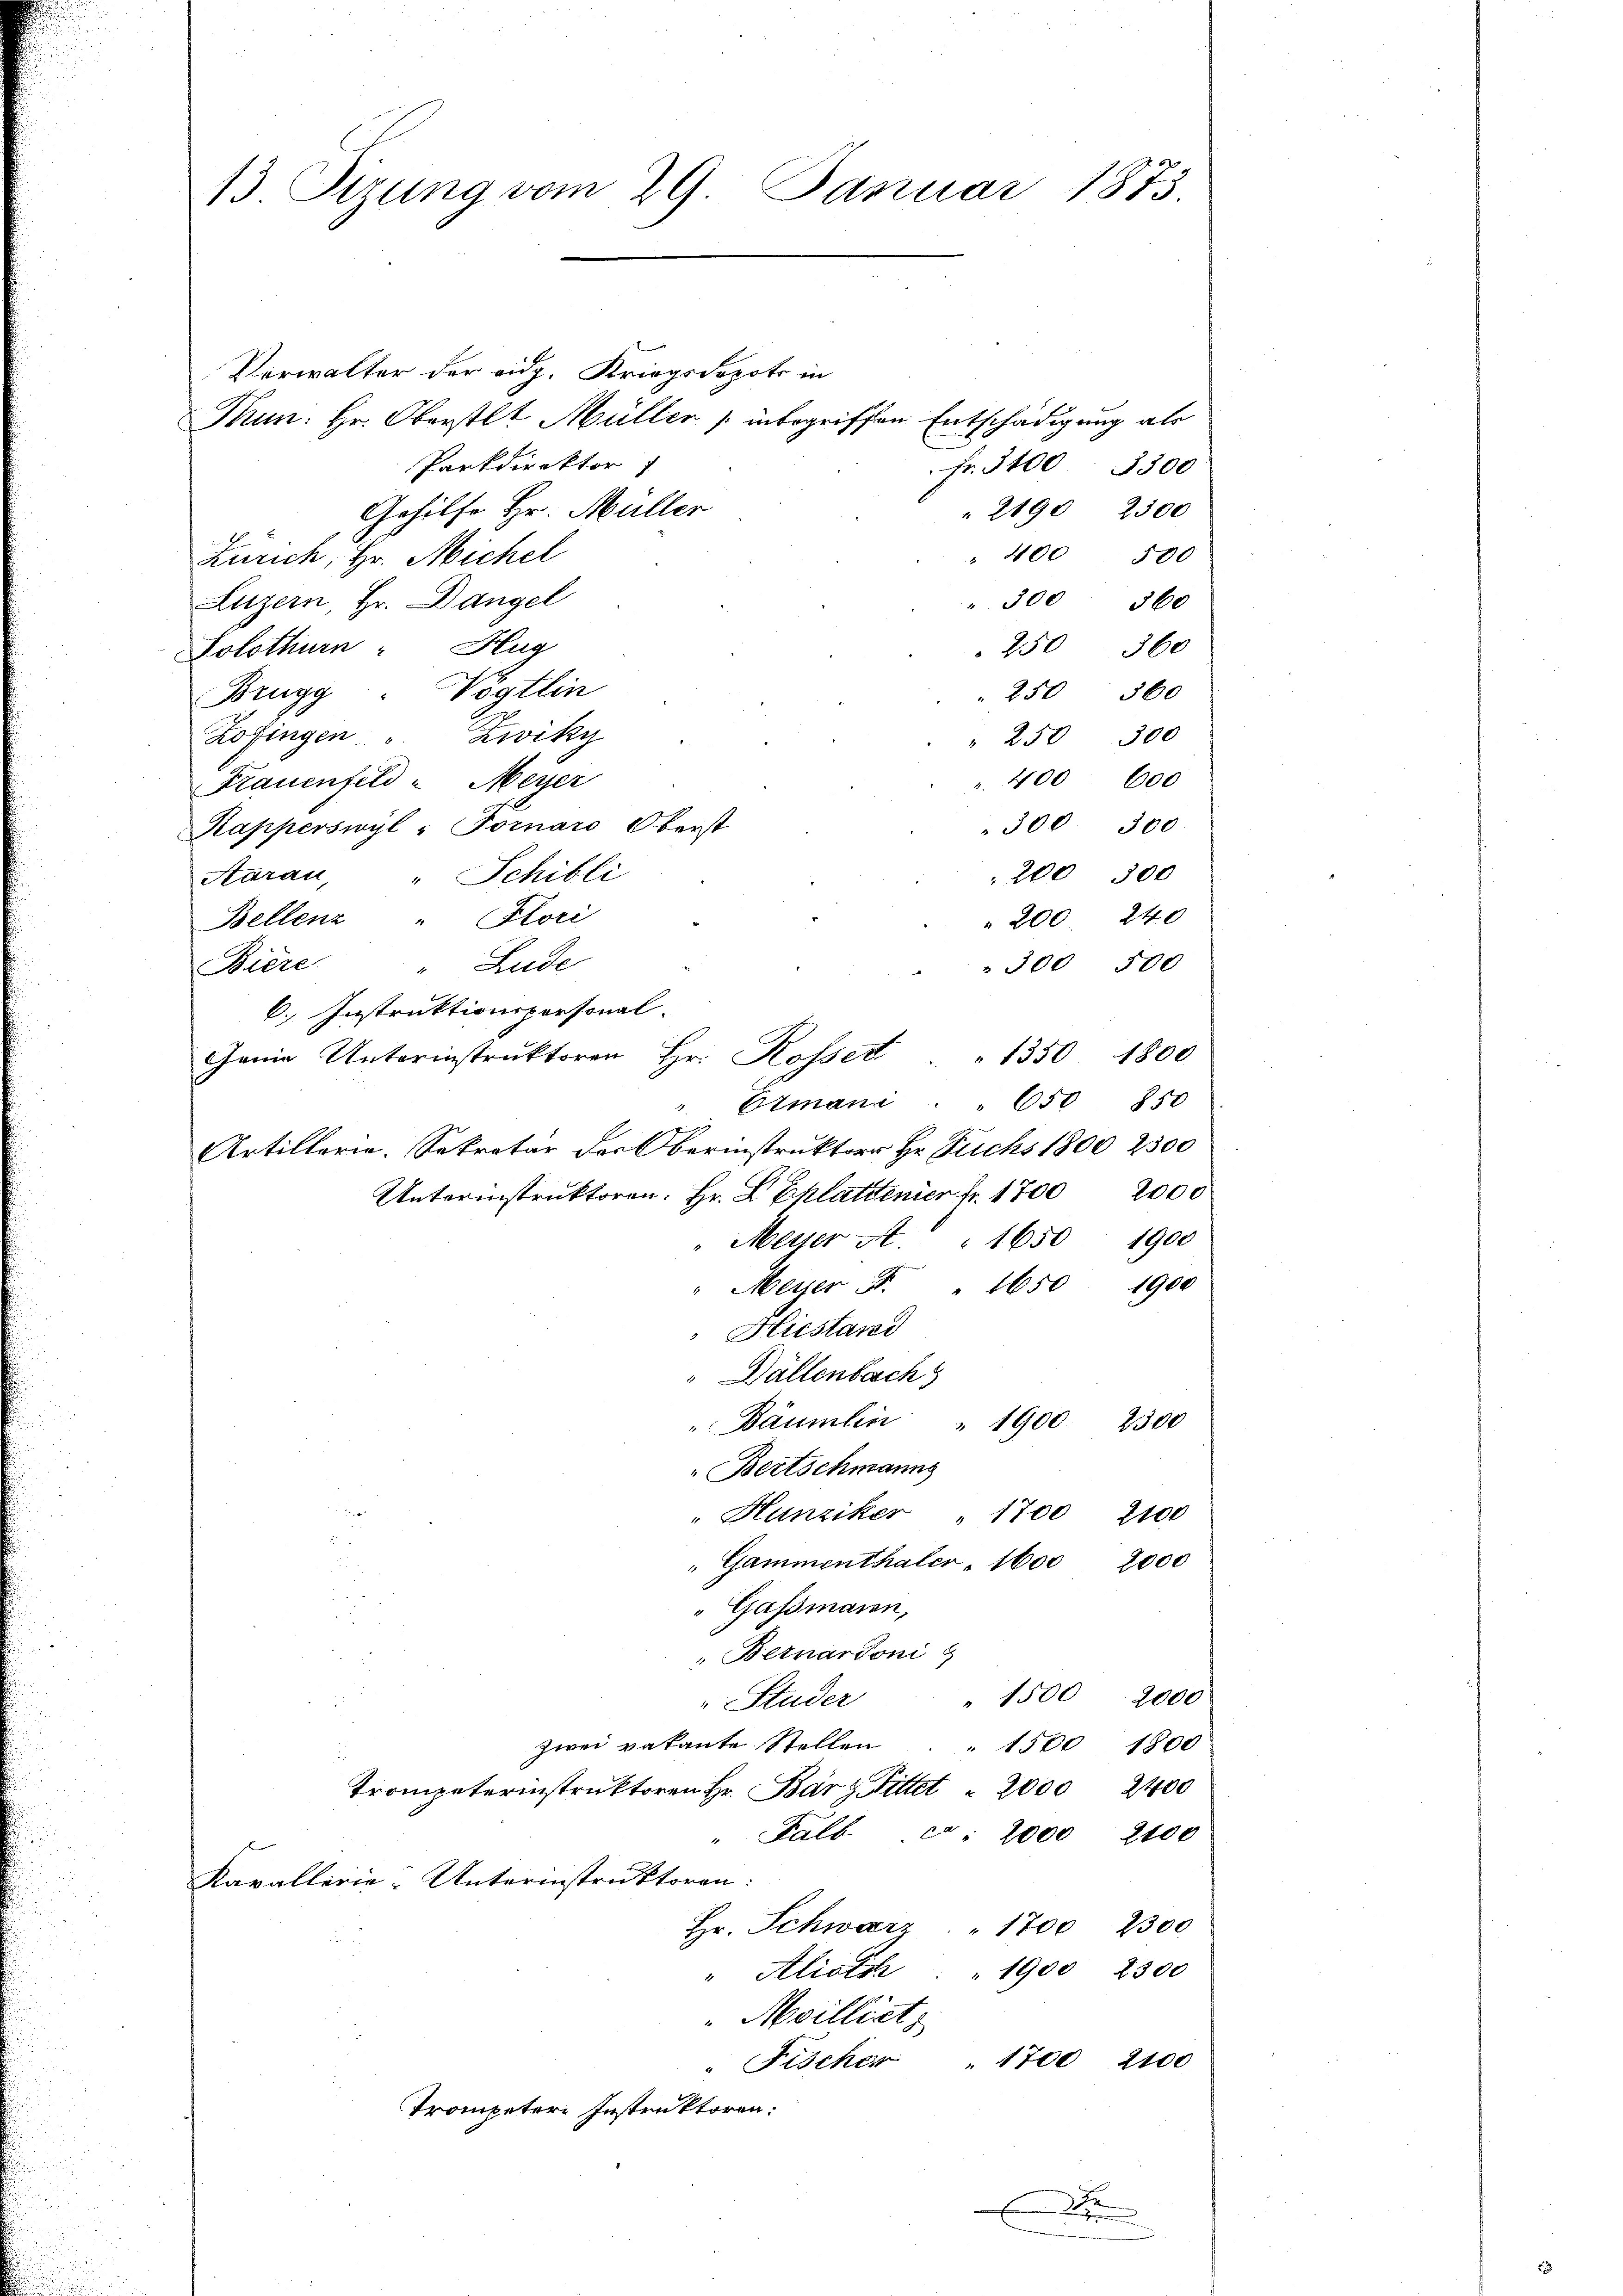
13 Tizung vom 29. Januar 1873.

Verwalter der eidg. Kriegsdepots in
Thun. Hr. Oberstlt Müller / inbegriffen Entschädigung als
Parkdirektor
Gehilfe Hr. Müller
Zürich, Hr. Michel
Luzern, Hr. Dangel
Solothurn Hug
Vögtlin
Brugg
Zofingen " Zwiky
Frauenfeld - Meyer
Kapperswyl : Fornaro Oberst
Aarau, " Schibli
Bellenz " Flori
"Lude
Biere
6., Instruktionspersonal.

Fr. 5400. 3300
2190 2500
400 500
300
360
250 360

250 360
250 300
400 600
300 500
200 300
 200 240
 300 500
1350 1800
Etmani . . 650 850
Unterinstruktoren. Hr. D Eplatdenier fr. 1700 2000
Messer A. " 1650 1900
" Meyer  "  1650 1900
Hiestani
Dällenbesch
" Bäumlin " 1900.
2300
Bertschmanns
r
"Hunziker " 1700 2100

"Gammenthaler . 1600 2000

u
Gassmann,
Bernardoni
" 1500. 2000
Studer
zwei vakante Stellen . . 1500 1800
Trompeterinstruktoren Hr. Bär zittet 2000 2400
" Salb c: 1000 2100
Kavallerie-Unterinstruktoren:
Hr. Schwarz " 1700 2300
" Alioth " 1900 2300
"Moilliet
" 1700 2100
" Fischer
Trompeter Instruktoren.

Genie Unterinstruktoren Hr. Rosset

Artillerie. Sekretär der Oberinstruktor Hr. Fuchs 1800 2300

x